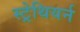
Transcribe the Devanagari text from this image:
स्ट्रेथियर्न